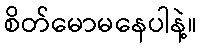
စိတ်မောမနေပါနဲ့။